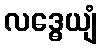
လဒ္ဓေယျံ